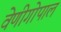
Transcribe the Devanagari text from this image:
वेणीगोपाल